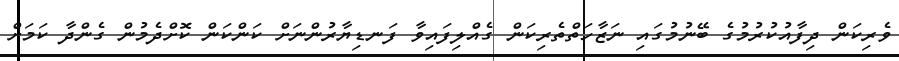
ވެރިކަން ދިފާއުކުރުމުގެ ބޭނުމުގައި ނަޒާހަތްތެރިކަން ގެއްލިފައިވާ ފަނޑިޔާރުންނަށް ކަންކަން ކޮށްދެމުން ގެންދާ ކަމަށް